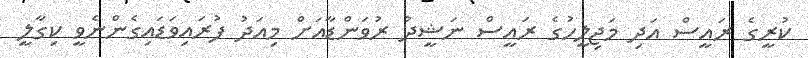
ކުރީގެ ރައީސް އަދި މަޖިލީހުގެ ރައީސް ނަޝީދު ރުވަންޑާއަށް މިއަދު ފުރައިވަޑައިގެންނެވީ ކިގާލީ